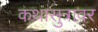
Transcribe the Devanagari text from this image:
कथासुत्रावर